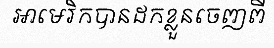
អាមេរិកបានដកខ្លួនចេញពី